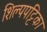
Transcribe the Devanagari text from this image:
शिल्पपट्टिका